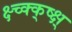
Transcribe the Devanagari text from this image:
क्ष्च्क्क्ष्क्ष्